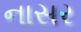
નાસર